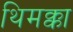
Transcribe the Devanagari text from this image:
थिमक्का